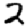
Digit: 2